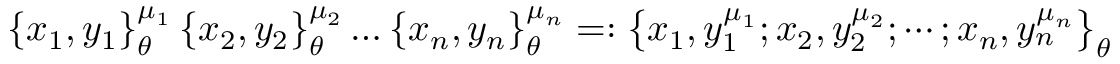
\left\{ x _ { 1 } , y _ { 1 } \right\} _ { \theta } ^ { \mu _ { 1 } } \left\{ x _ { 2 } , y _ { 2 } \right\} _ { \theta } ^ { \mu _ { 2 } } \ldots \left\{ x _ { n } , y _ { n } \right\} _ { \theta } ^ { \mu _ { n } } = : \left\{ x _ { 1 } , y _ { 1 } ^ { \mu _ { 1 } } ; x _ { 2 } , y _ { 2 } ^ { \mu _ { 2 } } ; \cdots ; x _ { n } , y _ { n } ^ { \mu _ { n } } \right\} _ { \theta }